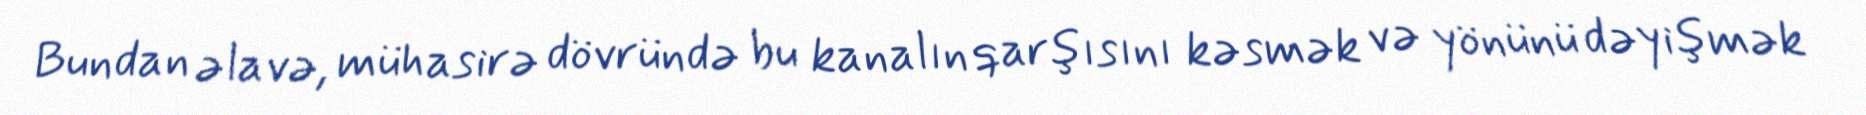
Bundan əlavə, mühasirə dövründə bu kanalın qarşısını kəsmək və yönünü dəyişmək